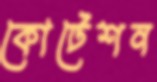
কোটেশন